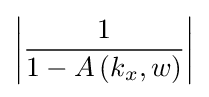
\left|{\frac {1}{1-A\left(k_{x},w\right)}}\right|